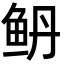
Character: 鿕